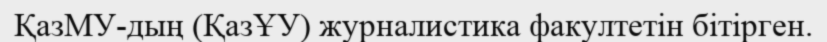
ҚазМУ-дың (ҚазҰУ) журналистика факултетін бітірген.